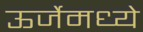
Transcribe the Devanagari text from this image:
ऊर्जेमध्ये